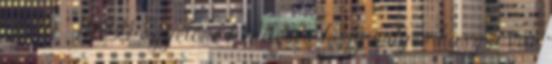
SWM MVG Egyelőre kérdéses, hogy milyen haszna van